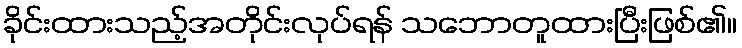
ခိုင်းထားသည့်အတိုင်းလုပ်ရန် သဘောတူထားပြီးဖြစ်၏။